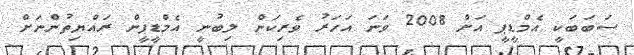
ސަބަބަކީ އެމްޑީޕީ އަށް 2008 ވަނަ އަހަރު ވެރިކަން ލިބުނީ އެމްޑީޕީން ރައްޔިތުންނަށް